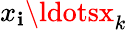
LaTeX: x_{\mathbf{i}}\ldotsx_{k}